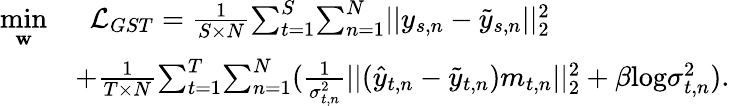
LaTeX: \begin{array}{rl}{\underset{\mathbf{w}}{\mathop{\operatorname*{min}}}}&{~~\mathcal{L}_{GST}=\frac{1}{S\times N}{\sum_{t=1}^{S}}{\sum_{n=1}^{N}}||y_{s,n}-\tilde{y}_{s,n}||_{2}^{2}}\\ &{+\frac{1}{T\times N}{\sum_{t=1}^{T}}{\sum_{n=1}^{N}}(\frac{1}{\sigma_{t,n}^{2}}||(\hat{y}_{t,n}-\tilde{y}_{t,n})m_{t,n}||_{2}^{2}+\beta\mathrm{log}\sigma_{t,n}^{2}).}\end{array}